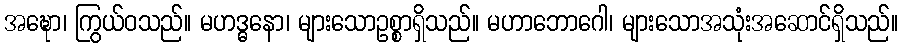
အဍ္ဎော၊ ကြွယ်ဝသည်။ မဟဒ္ဓနော၊ များသောဥစ္စာရှိသည်။ မဟာဘောဂေါ၊ များသောအသုံးအဆောင်ရှိသည်။